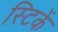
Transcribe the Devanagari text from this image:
स्टिकें